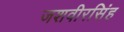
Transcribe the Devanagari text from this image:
जशवीरसिंह